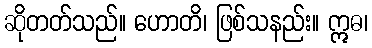
ဆိုတတ်သည်။ ဟောတိ၊ ဖြစ်သနည်း။ ဣဓ၊